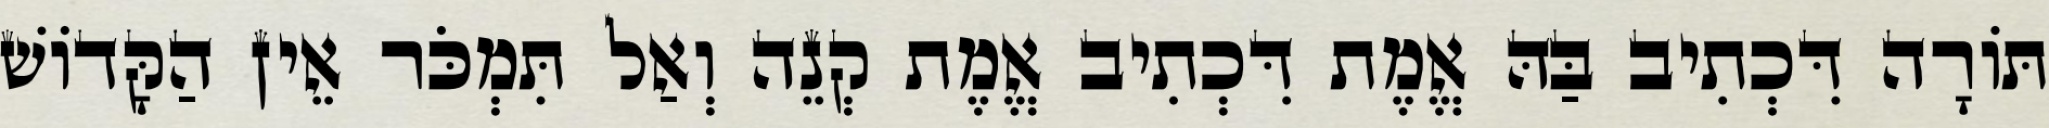
תּוֹרָה דִּכְתִיב בַּהּ אֱמֶת דִּכְתִיב אֱמֶת קְנֵה וְאַל תִּמְכֹּר אֵין הַקָּדוֹשׁ